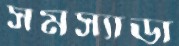
সমস্যাডা